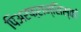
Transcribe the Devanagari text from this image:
पिअरफ्रान्सिस्को